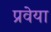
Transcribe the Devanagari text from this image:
प्रवेया